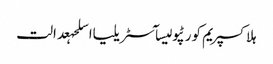
ہلاکسپریم کورٹپولیسآسٹریلیااسلحہعدالت